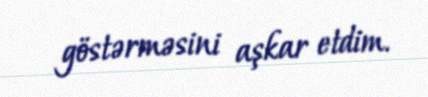
göstərməsini aşkar etdim.